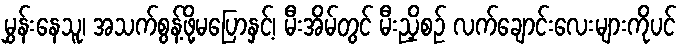
မွှန်းနေသူ၊ အသက်စွန့်ဖို့မပြောနှင့်၊ မီးအိမ်တွင် မီးညှိစဉ် လက်ချောင်းလေးများကိုပင်